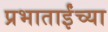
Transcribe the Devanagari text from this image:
प्रभाताईंच्या